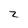
Character: z